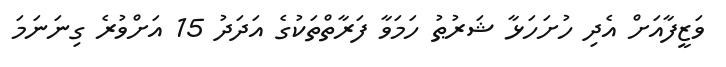
ވަޒީފާއަށް އެދި ހުށަހަޅާ ޝަރުޠު ހަމަވާ ފަރާތްތަކުގެ އަދަދު 15 އަށްވުރެ ގިނަނަމަ